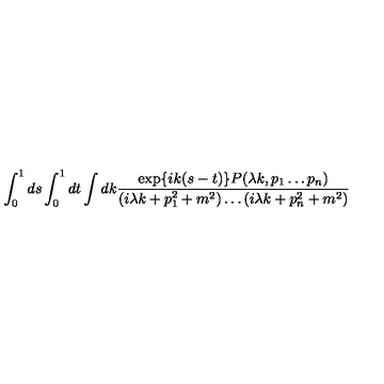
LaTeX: \int _ { 0 } ^ { 1 } d s \int _ { 0 } ^ { 1 } d t \int d k \frac { \exp \{ i k ( s - t ) \} P ( \lambda k , p _ { 1 } \ldots p _ { n } ) } { ( i \lambda k + p _ { 1 } ^ { 2 } + m ^ { 2 } ) \ldots ( i \lambda k + p _ { n } ^ { 2 } + m ^ { 2 } ) }